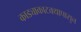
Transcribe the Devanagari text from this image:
काड्याकाटक्यापासुन